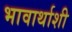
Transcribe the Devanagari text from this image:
भावार्थाशी